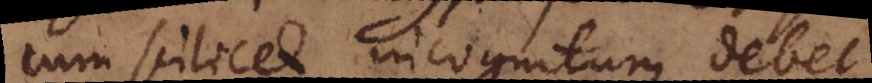
cum scilicet incognitum debet